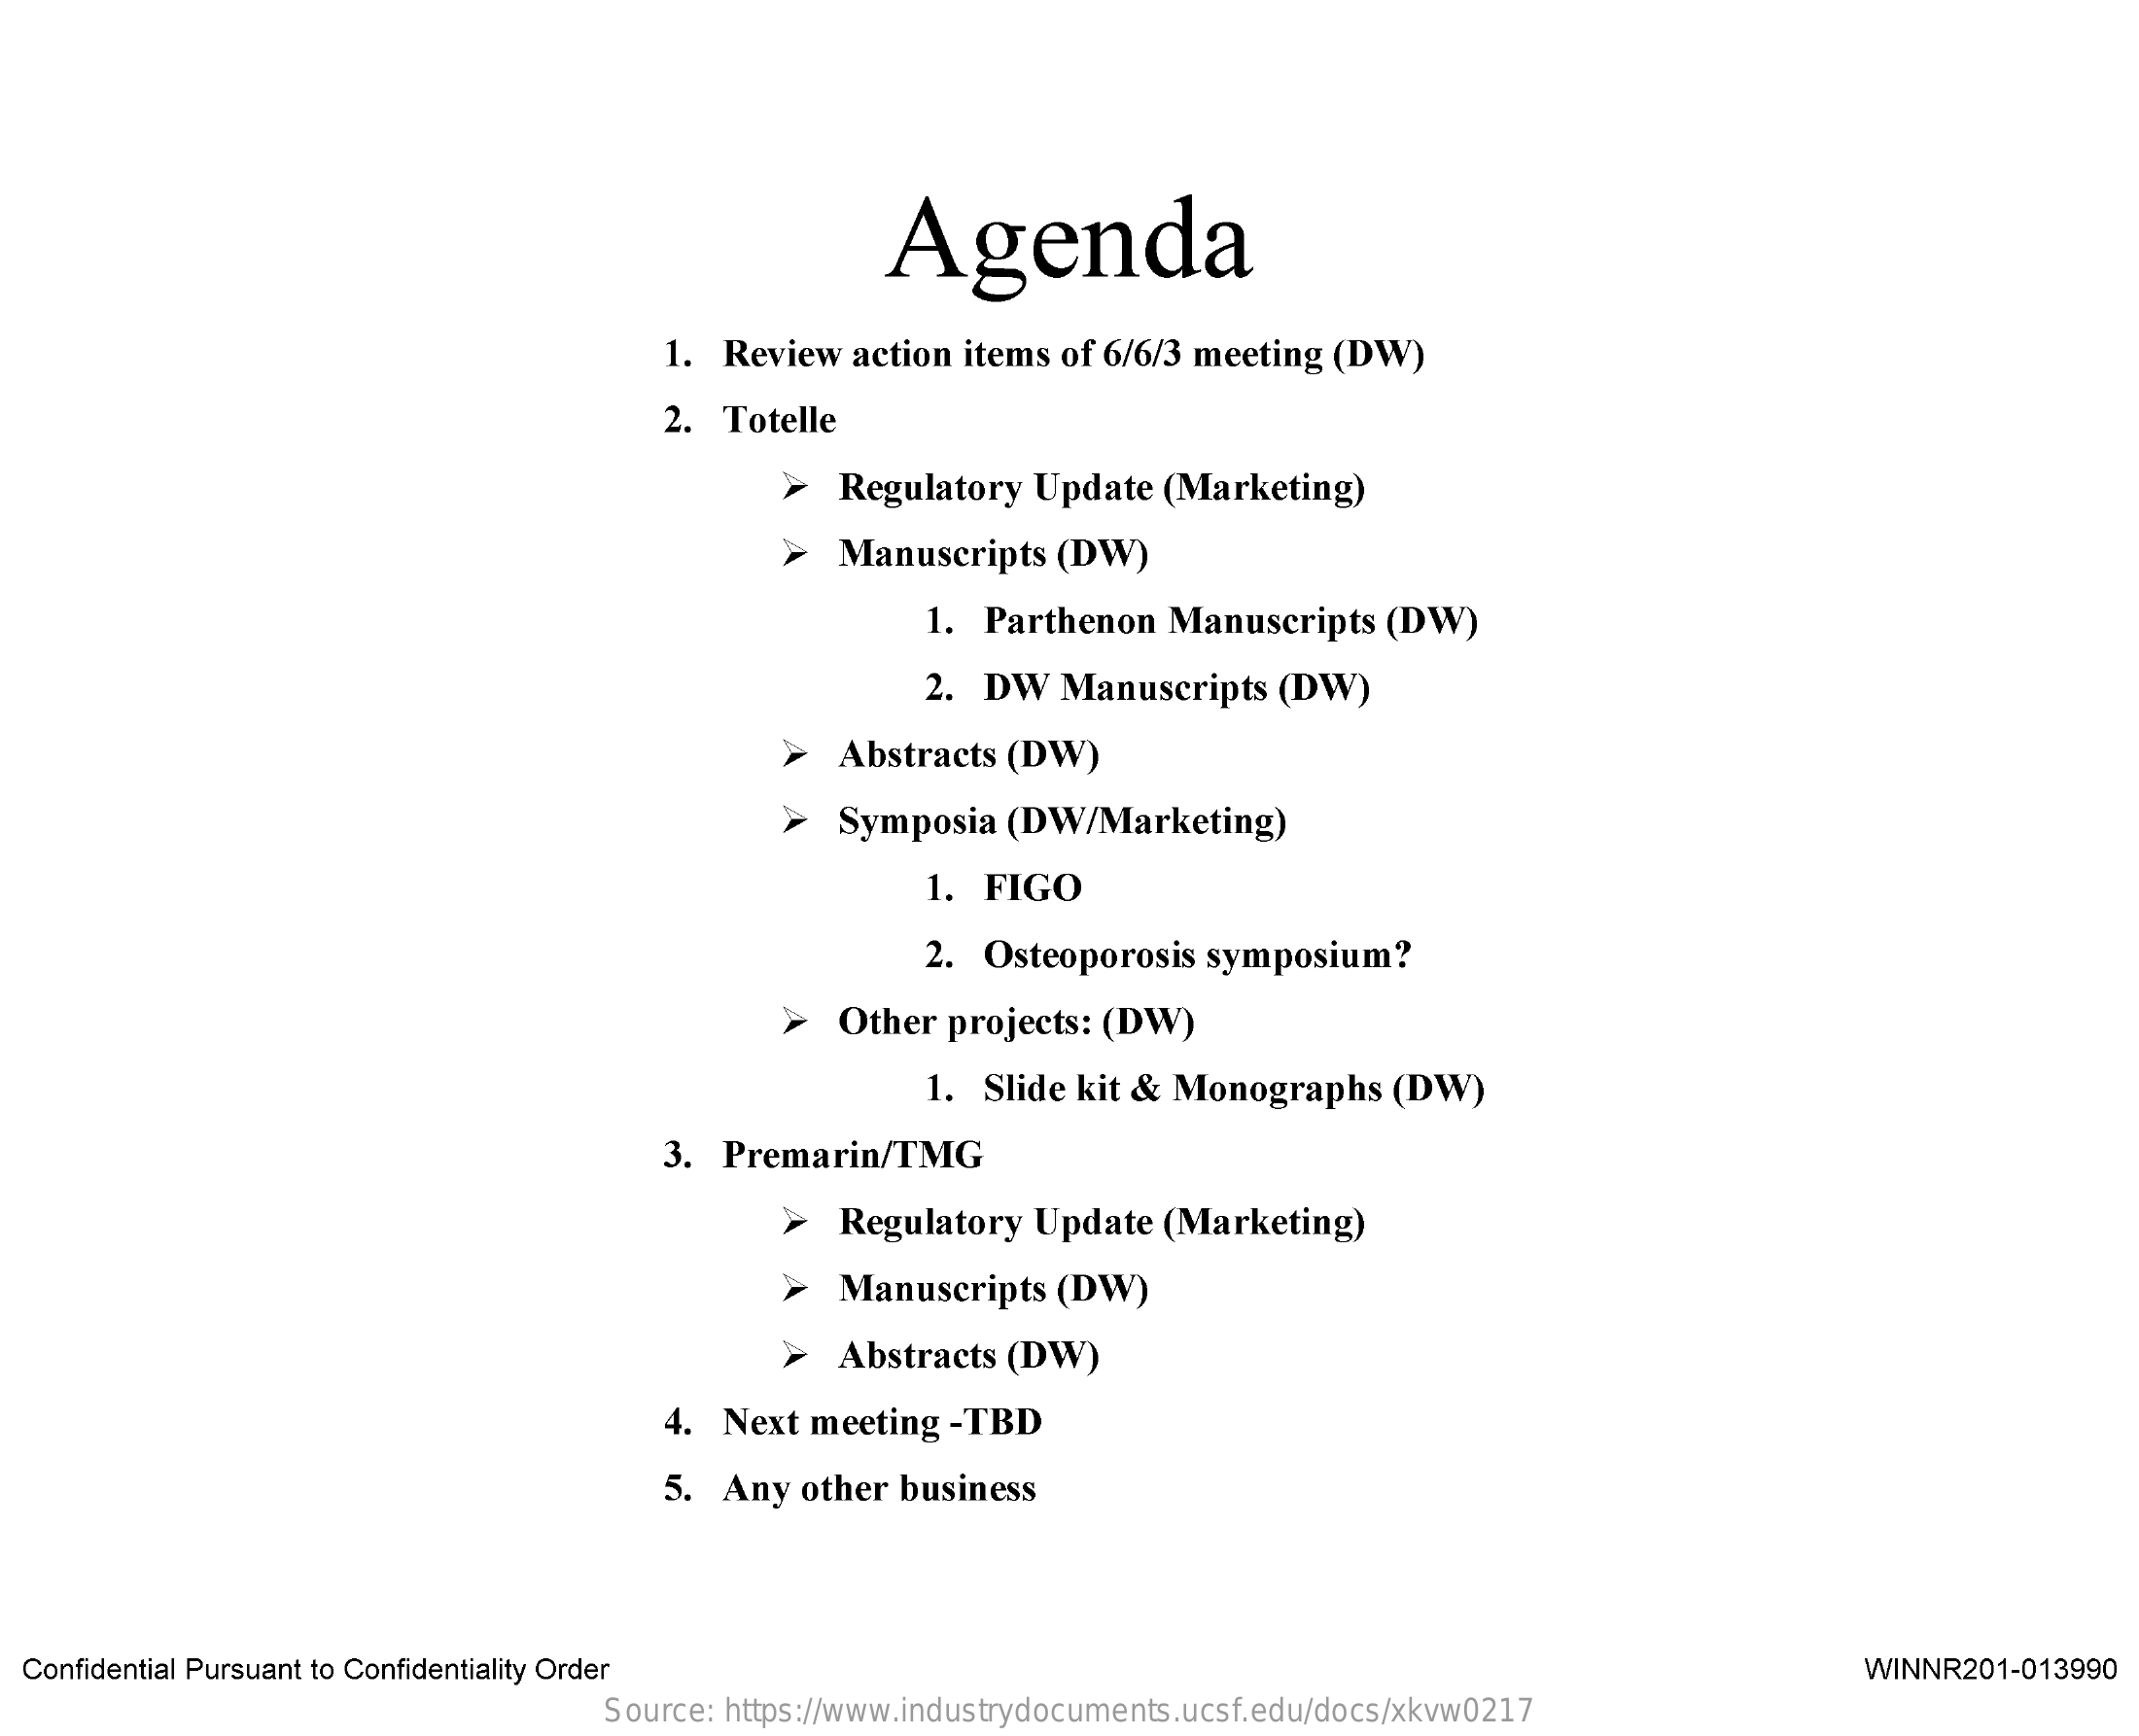
Agenda
     1. Review  action items of 6/6/3 meeting  (DW)
     2.  Totelle
     >  Regulatory   Update  (Marketing)
     >  Manuscripts   (DW)
     1. Parthenon   Manuscripts   (DW)
     2. DW   Manuscripts   (DW)
     >  Abstracts  (DW)
     >  Symposia   (DW/Marketing)
     1. FIGO
     2. Osteoporosis   symposium?
     >  Other  projects: (DW)
     1. Slide kit & Monographs    (DW)
     3.  Premarin/TMG
     >  Regulatory   Update  (Marketing)
     >  Manuscripts   (DW)
     >  Abstracts  (DW)
     4. Next meeting  -TBD
     5.  Any  other business
  Confidential Pursuant to Confidentiality Order    WINNR201-013990
     Source: https://www.industrydocuments.ucsf.edu/docs/xkvw0217